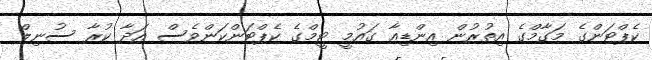
ކެޕްޓަންގެ މަގާމްގެ އިތުރުން އިންޑިއާ ގައުމީ ޓީމްގެ ކެޕްޓަންކަންވެސް އަދާ ކުރާ ސުނިލް